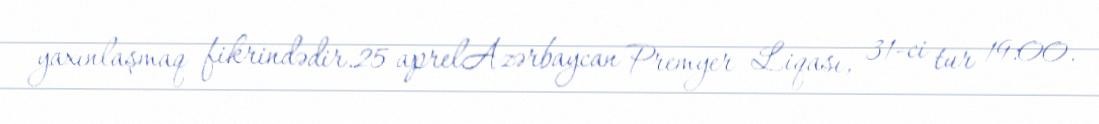
yaxınlaşmaq fikrindədir.25 aprelAzərbaycan Premyer Liqası, 31-ci tur 19:00.